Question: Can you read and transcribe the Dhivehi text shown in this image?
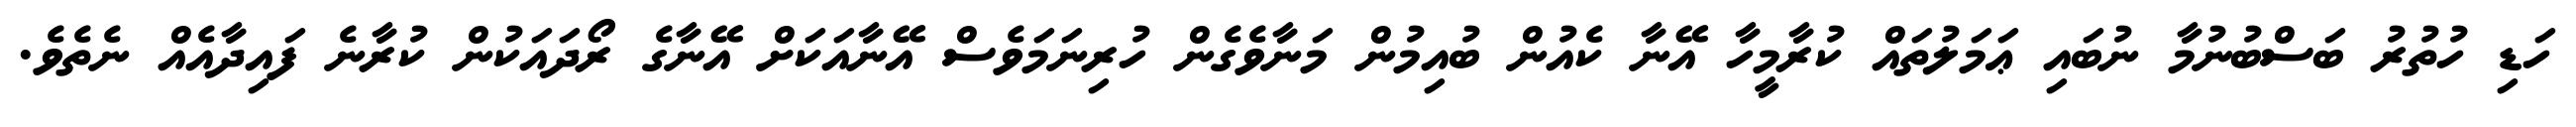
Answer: ހަޑި ހުތުރު ބަސްބުނުމާ ނުބައި ޢަމަލުތައް ކުރާމީހާ އޭނާ ކެއުން ބުއިމުން މަނާވެގެން ހުރިނަމަވެސް އޭނާއަކަށް އޭނާގެ ރޯދައަކުން ކުރާނެ ފައިދާއެއް ނެތެވެ.